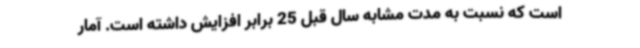
است که نسبت به مدت مشابه سال قبل 25 برابر افزایش داشته است. آمار